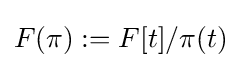
F(\pi ):=F[t]/\pi (t)